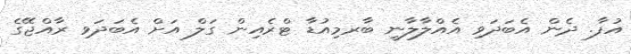
އުފާ. ދެން އެބަދަވި އެއްލާލާނީ ބާރމިއުޑާ ޓްރެއިން ގަލް އަށް އެބަދަވި ރާއްޖޭގެ